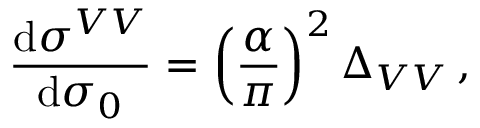
\frac { \mathrm { d } \sigma ^ { V V } } { \mathrm { d } \sigma _ { 0 } } = \left( \frac { \alpha } { \pi } \right) ^ { 2 } \Delta _ { V V } \, ,